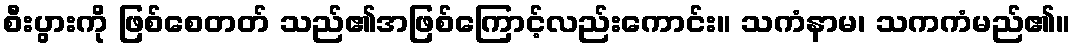
စီးပွားကို ဖြစ်စေတတ် သည်၏အဖြစ်ကြောင့်လည်းကောင်း။ သကံနာမ၊ သကကံမည်၏။